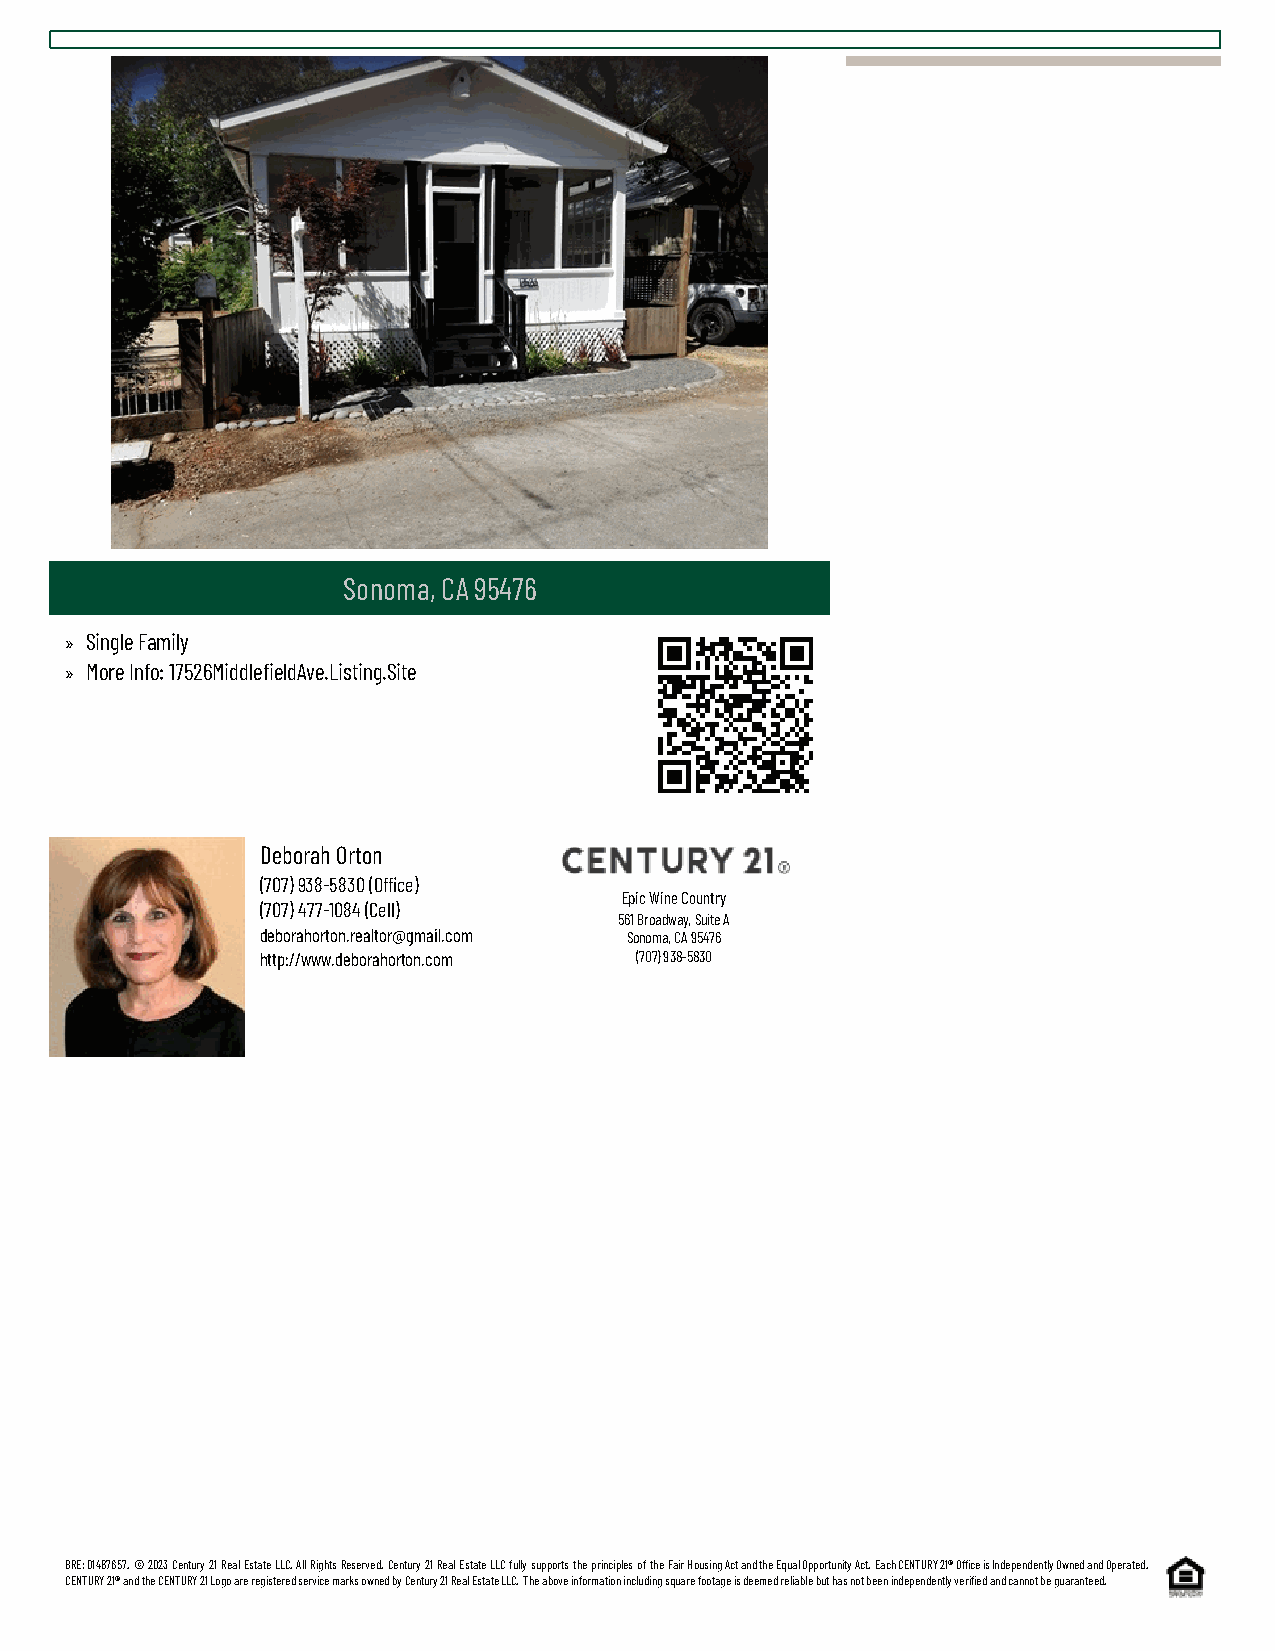
Sonoma, CA 95476
 » Single Family
 » More Info: 17526MiddlefieldAve.Listing.Site
 Deborah Orton
 (707) 938-5830 (Office)
 Epic Wine Country
 (707) 477-1084 (Cell)
 561 Broadway, Suite A
 deborahorton.realtor@gmail.com Sonoma, CA 95476
 http://www.deborahorton.com (707) 938-5830
 BRE: 01487657. © 2023 Century 21 Real Estate LLC. All Rights Reserved. Century 21 Real Estate LLC fully supports the principles of the Fair Housing Act and the Equal Opportunity Act. Each CENTURY 21® Office is Independently Owned and Operated.
 CENTURY 21® and the CENTURY 21 Logo are registered service marks owned by Century 21 Real Estate LLC. The above information including square footage is deemed reliable but has not been independently verified and cannot be guaranteed.